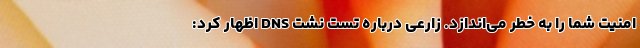
امنیت شما را به خطر می‌اندازد. زارعی درباره تست نشت DNS اظهار کرد: